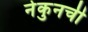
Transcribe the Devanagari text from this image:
नेकुनची